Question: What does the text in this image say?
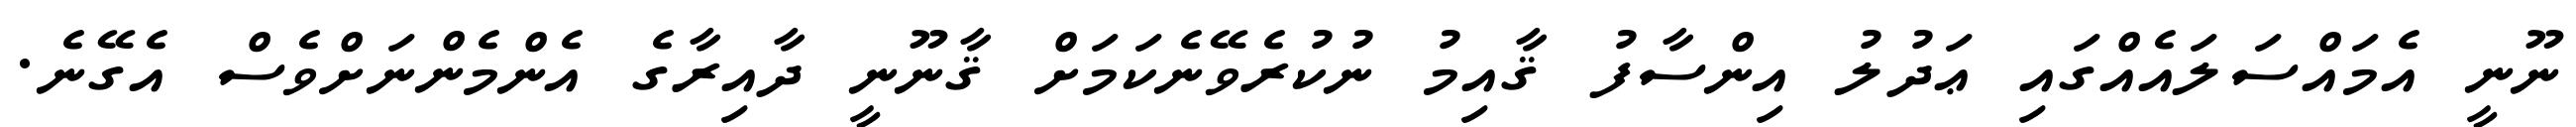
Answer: ނޫނީ އެމައްސަލައެއްގައި ޢަދުލު އިންސާފު ޤާއިމު ނުކުރެވޭނެކަމަށް ޤާނޫނީ ދާއިރާގެ އެންމެންނަށްވެސް އެގޭނެ.